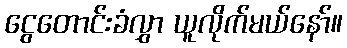
ငွေတောင်းခံလွှာ ယူလိုက်မယ်နော်။